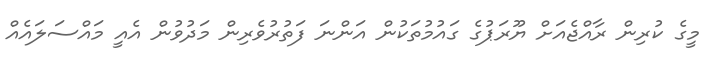
މީގެ ކުރިން ރާއްޖެއަށް ޔޫރަޕުގެ ގައުމުތަކުން އަންނަ ފަތުރުވެރިން މަދުވުން އެއީ މައްސަލައެއް